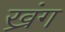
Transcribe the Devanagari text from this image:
ख्रंग